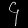
Digit: ၄